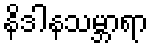
နိဒါနသမ္ဘာရာ